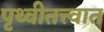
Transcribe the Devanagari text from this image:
पृथ्वीतत्त्वात